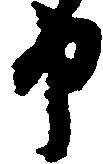
申